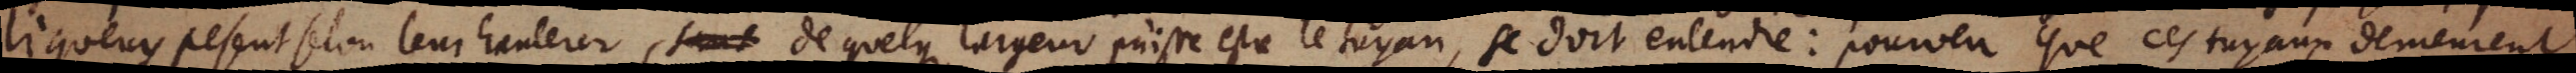
liqueurs pesent selon leur hauteur, sans de quelque largeur puisse estre le tuyau, se doit entendre: pourveu que ces tuyaux demeurent